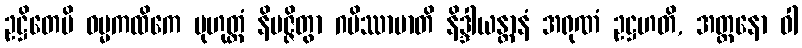
ဥဋ္ဌိတေပိ ဓမ္မကထိကေ မုဟုတ္တံ နိပဇ္ဇိတွာ ဂမိဿာမာတိ နိဒ္ဒါယန္တာနံ အရုဏံ ဥဋ္ဌဟတိ, အတ္တနော ဝါ